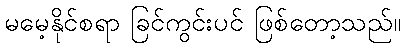
မမေ့နိုင်စရာ ခြင်ကွင်းပင် ဖြစ်တော့သည်။